Annual administration report of the Civil Veterinary Department of India - 1893-1894
Year: 1893
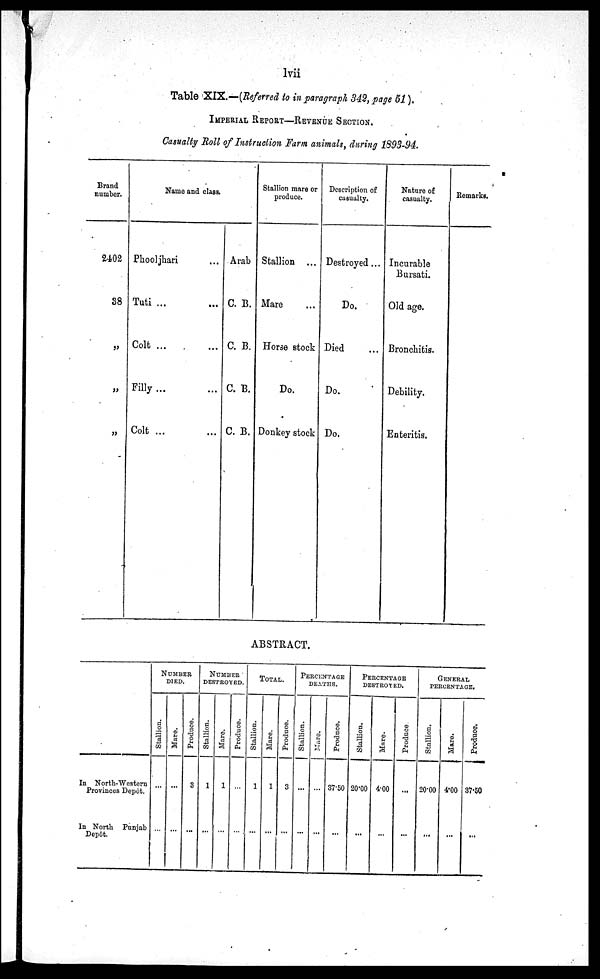
lvii
Table XIX.—(Referred to in paragraph 342, page 51).
IMPERIAL REPORT—REVENUE SECTION.
Casualty Roll of Instruction Farm animals, during 1893-94.
Brand
number.
2402
38
„
„
„
Name and class.
Phooljhari
Tuti ... ...
Colt ... ...
Filly ... ...
Colt ... ...
Arab
C. B.
C. B.
C. B.
C. B.
Stallion mare or
produce.
Stallion ...
Mare ...
Horse stock
Do.
Donkey stock
Description of
casualty.
Destroyed ...
Do.
Died ...
Do.
Do.
Nature of
casualty.
Incurable
Bursati.
Old age.
Bronchitis.
Debility.
Enteritis.
Remarks.
ABSTRACT.
In North-Western
Provinces Depôt.
In North Punjab
Dep6t.
NUMBER
DIED.
Stallion.
...
...
Mare.
...
...
Produce.
3
...
NUMBER
DESTROYED.
Stallion.
1
...
Mare.
1
...
Produce.
...
...
TOTAL.
Stallion.
1
...
Mare.
1
...
Produce.
3
...
PERCENTAGE
DEATHS.
Stallion.
...
...
Mare.
...
...
Produce.
37.50
...
PERCENTAGE
DESTROYED.
Stallion.
20.00
...
Mare.
4.00
...
Produce
...
...
GENERAL
PERCENTAGE.
Stallion.
20.00
...
Mare.
4.00
...
Produce.
37.50
...